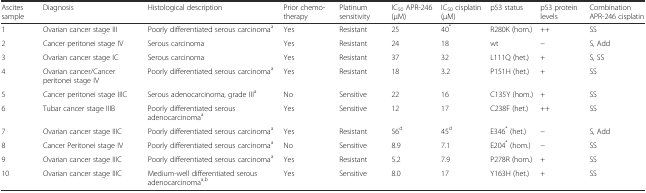
<table><thead><tr><td><b>Ascites sample</b></td><td><b>Diagnosis</b></td><td><b>Histological description</b></td><td><b>Prior chemo-therapy</b></td><td><b>Platinum sensitivity</b></td><td><b>IC<sub>50</sub> APR-246 (μM)</b></td><td><b>IC<sub>50</sub> cisplatin (μM)</b></td><td><b>p53 status</b></td><td><b>p53 protein levels</b></td><td><b>Combination APR-246 cisplatin</b></td></tr></thead><tbody><tr><td>1</td><td>Ovarian cancer stage III</td><td>Poorly differentiated serous carcinoma<sup>a</sup></td><td>Yes</td><td>Resistant</td><td>25</td><td>40<sup>*</sup></td><td>R280K (hom.)</td><td>++</td><td>SS</td></tr><tr><td>2</td><td>Cancer peritonei stage IV</td><td>Serous carcinoma</td><td>Yes</td><td>Resistant</td><td>24</td><td>18</td><td>wt</td><td>−</td><td>S, Add</td></tr><tr><td>3</td><td>Ovarian cancer stage IC</td><td>Serous carcinoma</td><td>Yes</td><td>Resistant</td><td>37</td><td>32</td><td>L111Q (het.)</td><td>+</td><td>S, SS</td></tr><tr><td>4</td><td>Ovarian cancer/Cancer peritonei stage IV</td><td>Poorly differentiated serous carcinoma<sup>a</sup></td><td>Yes</td><td>Resistant</td><td>18</td><td>3.2</td><td>P151H (het.)</td><td>+</td><td>SS</td></tr><tr><td>5</td><td>Cancer peritonei stage IIIC</td><td>Serous adenocarcinoma, grade III<sup>a</sup></td><td>No</td><td>Sensitive</td><td>22</td><td>16</td><td>C135Y (hom.)</td><td>+</td><td>SS</td></tr><tr><td>6</td><td>Tubar cancer stage IIIB</td><td>Poorly differentiated serous adenocarcinoma<sup>a</sup></td><td>Yes</td><td>Sensitive</td><td>12</td><td>17</td><td>C238F (het.)</td><td>++</td><td>SS</td></tr><tr><td>7</td><td>Ovarian cancer stage IIIC</td><td>Poorly differentiated serous carcinoma<sup>a</sup></td><td>Yes</td><td>Resistant</td><td>56<sup>d</sup></td><td>45<sup>d</sup></td><td>E346<sup>*</sup> (het.)</td><td>−</td><td>S, Add</td></tr><tr><td>8</td><td>Cancer Peritonei stage IV</td><td>Poorly differentiated serous carcinoma<sup>a</sup></td><td>No</td><td>Sensitive</td><td>8.9</td><td>7.1</td><td>E204<sup>*</sup> (hom.)</td><td>−</td><td>SS</td></tr><tr><td>9</td><td>Ovarian cancer stage IIIC</td><td>Poorly differentiated serous carcinoma<sup>a</sup></td><td>Yes</td><td>Resistant</td><td>5.2</td><td>7.9</td><td>P278R (hom.)</td><td>+</td><td>SS</td></tr><tr><td>10</td><td>Ovarian cancer stage IIIC</td><td>Medium-well differentiated serous adenocarcinoma<sup>a,b</sup></td><td>Yes</td><td>Sensitive</td><td>8.0</td><td>17</td><td>Y163H (het.)</td><td>+</td><td>SS</td></tr></tbody></table>